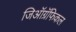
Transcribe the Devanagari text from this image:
जिऑग्रॅफिकल